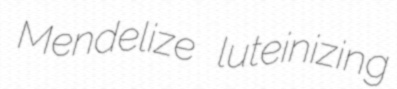
Mendelize luteinizing